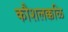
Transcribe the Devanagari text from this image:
कौशलक्कळि